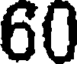
60